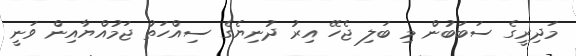
މަދިރީގެ ސަބަބުން މި ބަލި ޖެހޭ އިރު ދުނިޔެގެ ސިއްހަތު ޖަމުއްޔާއިން ވަނީ